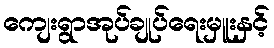
ကျေးရွာအုပ်ချုပ်ရေးမှူးနှင့်